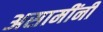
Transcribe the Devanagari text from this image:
असामींनी